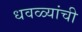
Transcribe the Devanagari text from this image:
धवळ्यांची